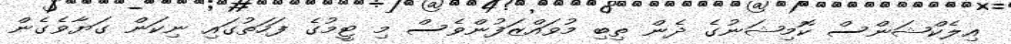
އިލެކްޝަންސް ކޮމިޝަނުގެ ދެން ތިބި މުވައްޒަފުންވެސް މި ޓީމުގެ ފަހަތުގައި ނިކަން ގަޔާވެގެން